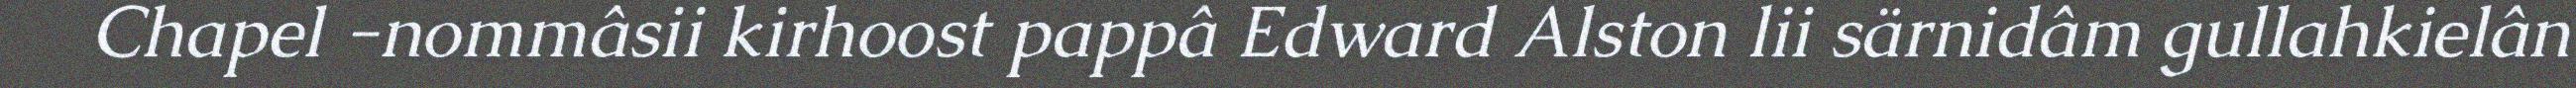
Chapel -nommâsii kirhoost pappâ Edward Alston lii särnidâm gullahkielân